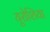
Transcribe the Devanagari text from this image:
यूरोशिया